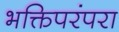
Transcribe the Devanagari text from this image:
भक्तिपरंपरा